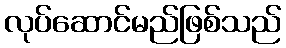
လုပ်ဆောင်မည်ဖြစ်သည်